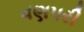
વણપરી